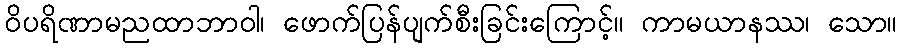
ဝိပရိဏာမညထာဘာဝါ၊ ဖောက်ပြန်ပျက်စီးခြင်းကြောင့်။ ကာမယာနဿ၊ သော။